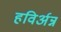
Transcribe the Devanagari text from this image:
हविर्अन्न